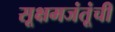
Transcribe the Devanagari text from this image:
सूक्षमजंतूंची